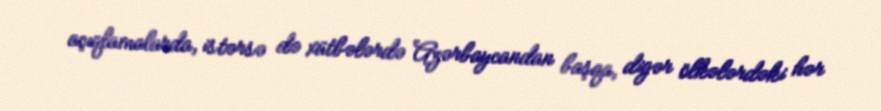
açıqlamalarda, istərsə də xütbələrdə Azərbaycandan başqa, digər ölkələrdəki hər